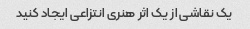
یک نقاشی از یک اثر هنری انتزاعی ایجاد کنید